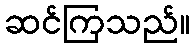
ဆင်ကြသည်။